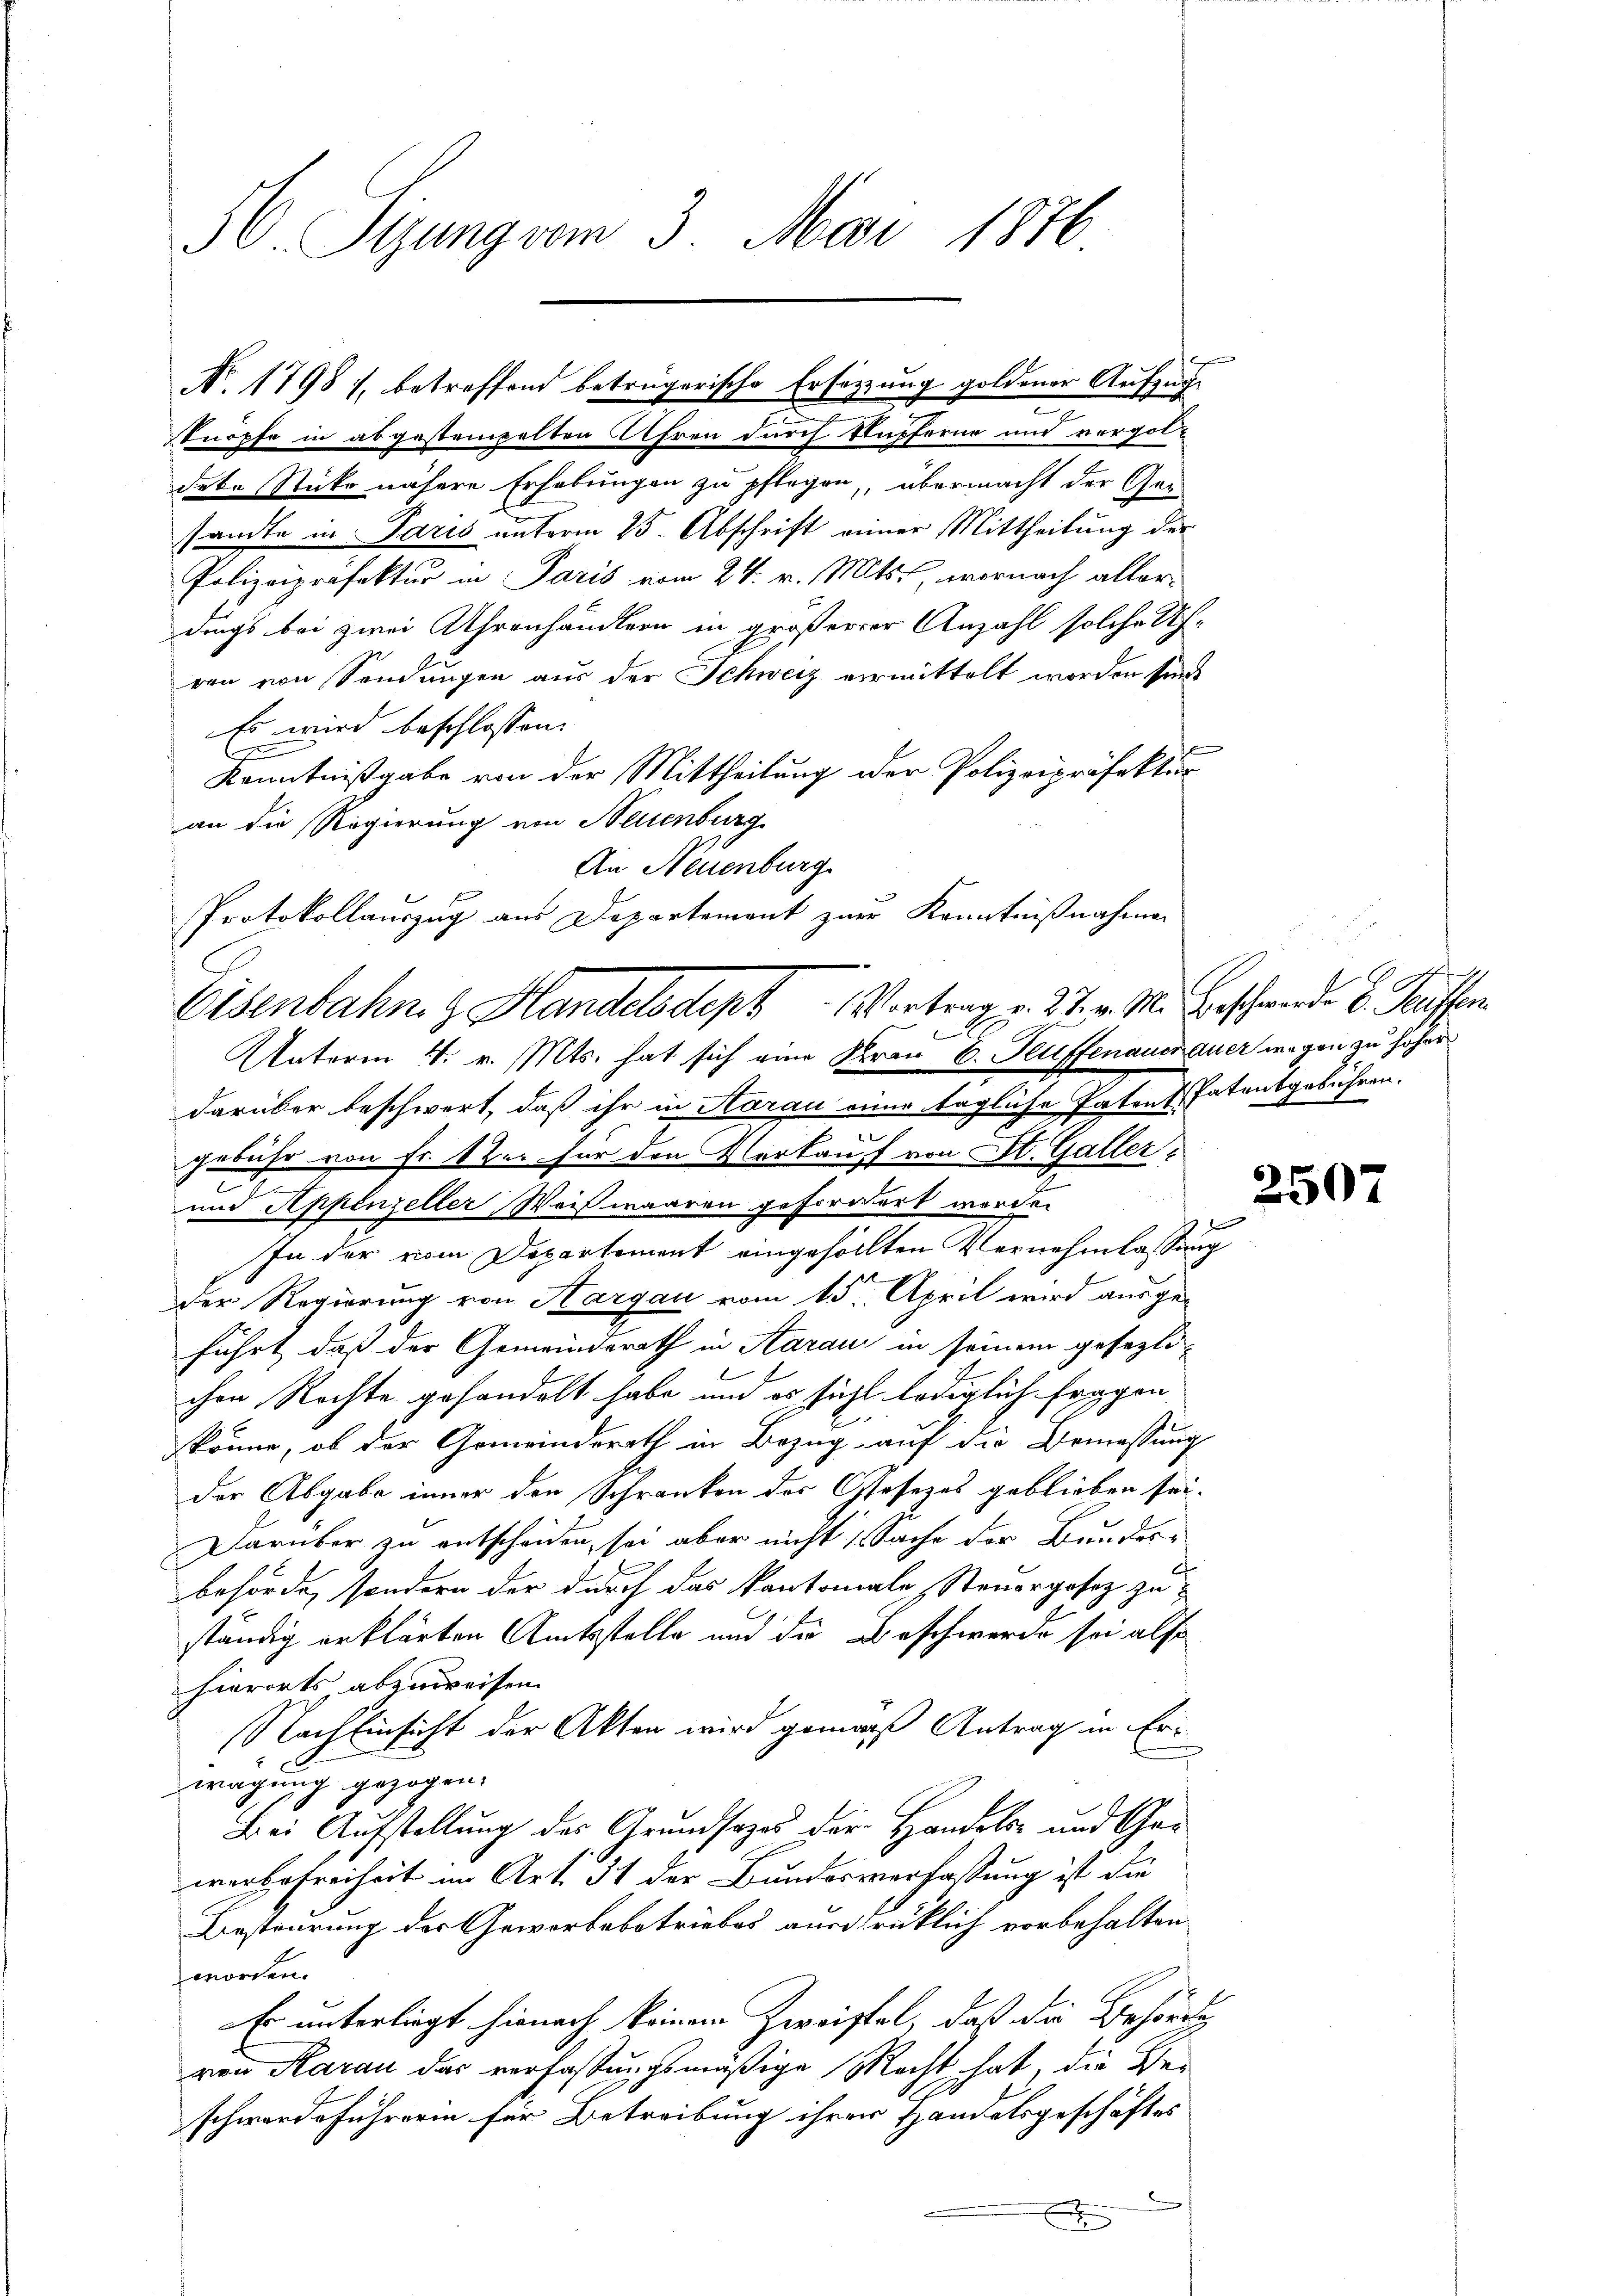
H Sizung vom 3. Mai 1876.

deke Stücke nähere Erhebungen zu pflegen, übermacht der Gesandte in Paris unterm 25. Abschrift einer Mittheilung der
Polizeipräfektur in Paris vom 24. v. Mts., wornach aller-
dings bei zwei Uhrenhändlern in größerer Anzahl solche Uh-
ren von Sendungen aus der Schweiz vermittelt worden sind
Es wird beschlossen:
Kenntnißgabe von der Mittheilung der Polizeipräfektion
an die Regierung von Neuenburg
An Neuenburg.
Protokollauszug aus Departement zur Kenntnißnahmen

N. 1798 1, betreffend betrügerische Ersetzung goldener Aufzuge
e
stnöpfe in abgestempelten Uhren durch Kupferne und vergol¬

Eisenbahn z Handelsdept Vortrag v. 27. v. M. Beschwerden 8. Teuffen
0
Unterm 4. v. Mts. hat sich eine Krau E. Kuffenauer auer wegen zu höher

darüber beschwert, daß ihr in Aarau einer tägliche Patent Patensgebühren.
gebühr von Fr. 1 der für den Verkauf von St. Galleri
und Appenzeller Weißwaaren gefordert werden
In der vom Departement eingefällten Vernehmlassung
der Regierung von Aargau vom 15. April wird ausge-
führt, daß der Gemeinderath in Aaraus in seinem gesezlichen Rechte gehandelt habe und es sicht lediglich fragen.
skönne, ob der Gemeinderath in Bezug auf die Bemessung
der Abgabe inner den Schranken der Gesezes geblieben sei.
Darüber zu entscheiden, sei aber nicht (Sache der Bundes-
behörde, sondern der durch das kantonale Steuergesez zu
ständig erklärten Amtsstelle und die Beschwerde sei also
hierorts abzuweisen.
Nach Einsicht der Akten wird gemach Antrag in Erwagung gezogen.
Bei Aufstellung des Grundsazes der Handels- und Gewerbefreiheit im Art. 31 der Bundesverfassung ist die
Besteurung der Gewerbebetriebes ausdrücklich vorbehalten.
worden.
Er unterliegt hienach keinem Zweiftel, daß die Behördig
von Aarau das verfaßungsmäßige Recht hat, die Beschwerde Fuhrerin für Betreibung ihrer Handelsgeschäftes
x
x

2507